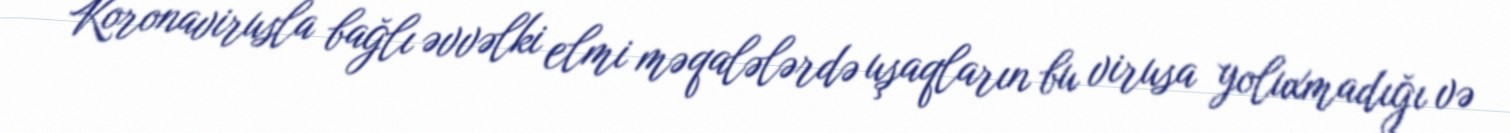
Koronavirusla bağlı əvvəlki elmi məqalələrdə uşaqların bu virusa yoluxmadığı və